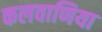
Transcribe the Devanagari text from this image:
कलवाणिया